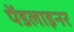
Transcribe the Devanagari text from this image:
पेंडलाइनर